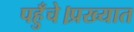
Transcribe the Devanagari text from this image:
पहुँचे।प्रख्यात